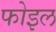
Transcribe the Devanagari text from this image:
फोइल